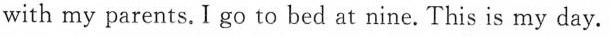
with my parents. I go to bed at nine. This is my day.